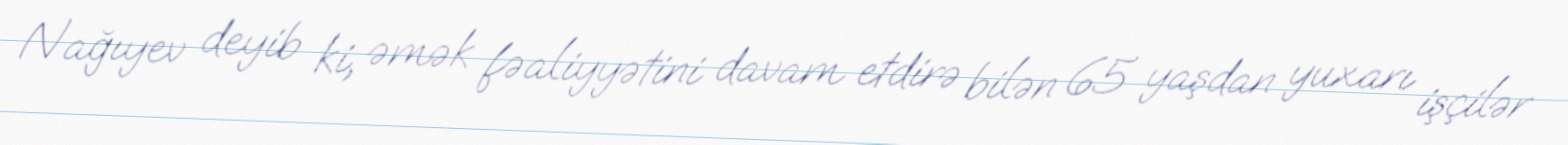
Nağıyev deyib ki, əmək fəaliyyətini davam etdirə bilən 65 yaşdan yuxarı işçilər